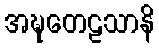
အဍ္ဎတေဠသာနိ